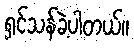
ရှင်သန်ခဲ့ပါတယ်။